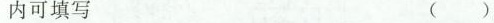
内可填写 ( )